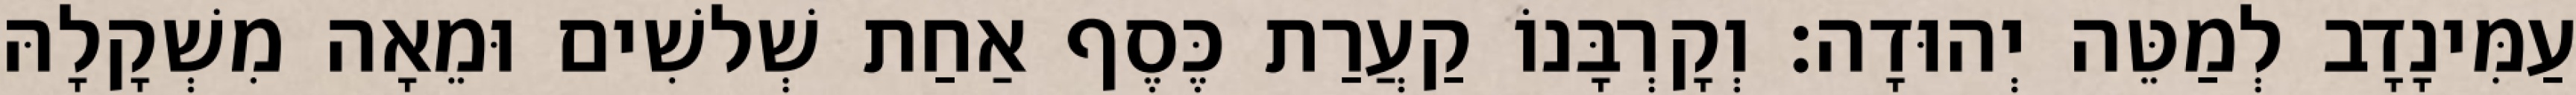
עַמִּינָדָב לְמַטֵּה יְהוּדָה׃ וְקָרְבָּנוֹ קַעֲרַת כֶּסֶף אַחַת שְׁלשִׁים וּמֵאָה מִשְׁקָלָהּ